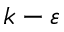
k - \varepsilon